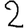
Digit: 2